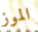
الموز